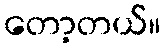
တော့တယ်။